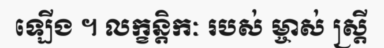
ឡើង ។ លក្ខន្តិកៈ របស់ ម្ចាស់ ស្ត្រី